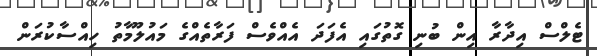
ޓެލްސް އިދާރާ އިން ބުނި ގޮތުގައި އެފަދަ އެއްވެސް ފަރާތެއްގެ މައުލޫމާތު ހިއްސާކުރަން